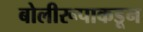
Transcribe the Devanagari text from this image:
बोलीरूपाकडून